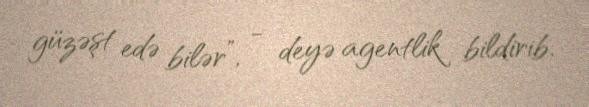
güzəşt edə bilər”, - deyə agentlik bildirib.